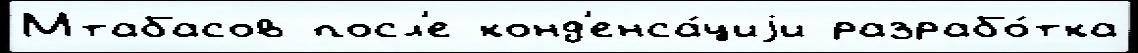
Мтабасов посл'е конд'енса́циjи разрабо́тка